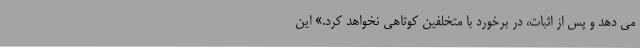
می دهد و پس از اثبات، در برخورد با متخلفین کوتاهی نخواهد کرد.» این